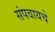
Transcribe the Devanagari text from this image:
संपवायचे